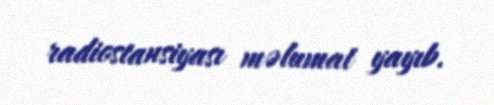
radiostansiyası məlumat yayıb.